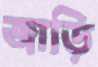
জাড়ি